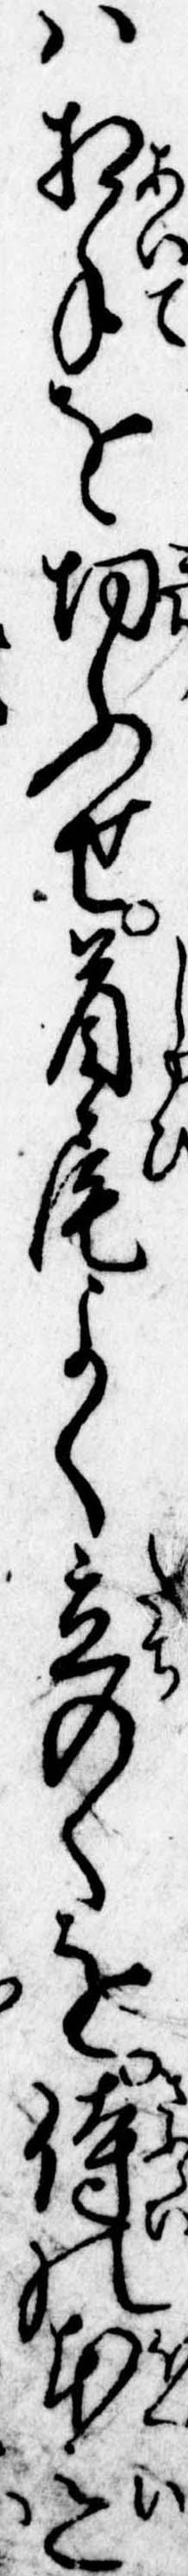
は相手を切ふせ首尾よく立のくを侍の本意